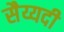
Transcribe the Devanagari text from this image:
सैय्यदी